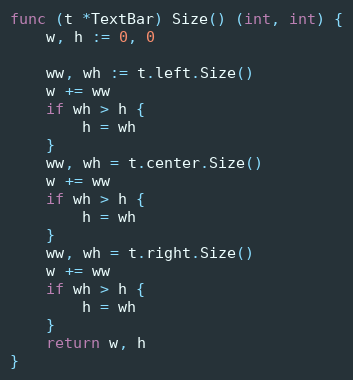
Language: Go
func (t *TextBar) Size() (int, int) {
	w, h := 0, 0

	ww, wh := t.left.Size()
	w += ww
	if wh > h {
		h = wh
	}
	ww, wh = t.center.Size()
	w += ww
	if wh > h {
		h = wh
	}
	ww, wh = t.right.Size()
	w += ww
	if wh > h {
		h = wh
	}
	return w, h
}